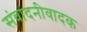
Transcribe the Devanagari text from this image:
संवादनीवादक